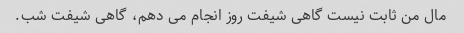
مال من ثابت نیست گاهی شیفت روز انجام می دهم، گاهی شیفت شب.